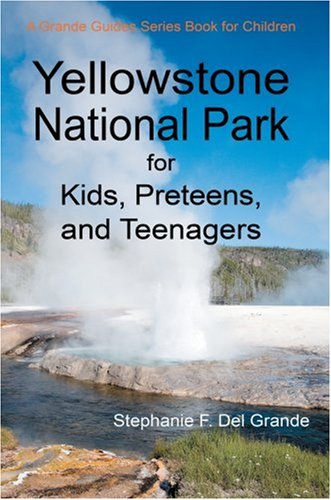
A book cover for Yellowstone National Park for Kids, Preteens, and Teenagers: A Grande Guides Series Book for Children; Stephanie Del Grande; Teen & Young Adult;